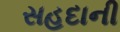
સહદાની